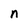
Character: n